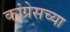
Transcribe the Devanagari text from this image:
कांग्रेसच्या